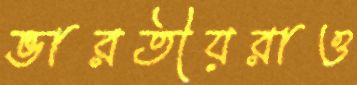
ভারতীয়রাও